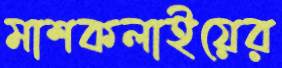
মাশকলাইয়ের